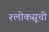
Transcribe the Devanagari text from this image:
श्लोकसूची